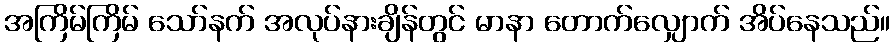
အကြိမ်ကြိမ် သော်နက် အလုပ်နားချိန်တွင် မာနာ တောက်လျှောက် အိပ်နေသည်။